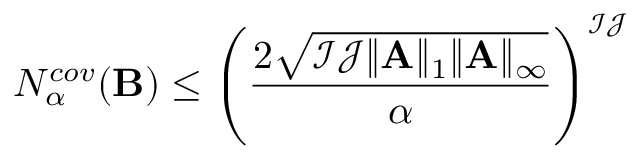
N _ { \alpha } ^ { c o v } ( \mathbf { B } ) \leq \left( \frac { 2 \sqrt { \mathcal { I } \mathcal { J } \| \mathbf { A } \| _ { 1 } \| \mathbf { A } \| _ { \infty } } } { \alpha } \right) ^ { \mathcal { I } \mathcal { J } }